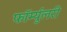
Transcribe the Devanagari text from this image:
फॉर्म्युलरी